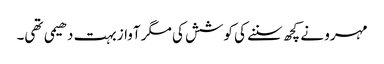
مہرو نے کچھ سننے کی کوشش کی مگر آواز بہت دھیمی تھی۔